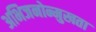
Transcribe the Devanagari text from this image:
अभिजनोन्मुखता